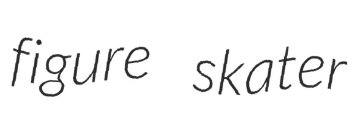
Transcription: figure skater